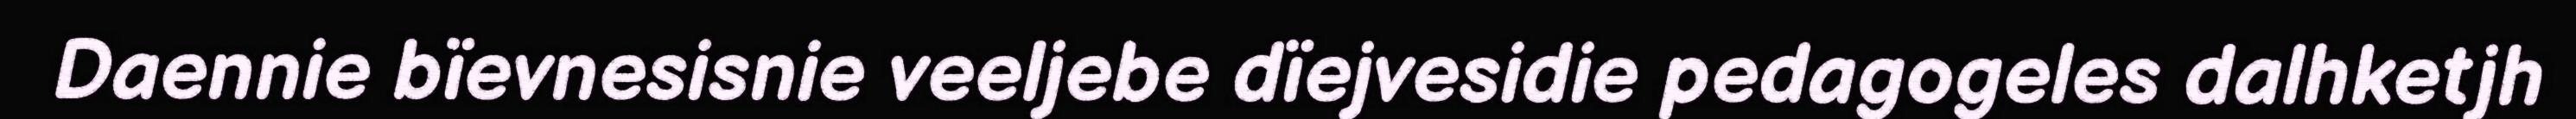
Daennie bïevnesisnie veeljebe dïejvesidie pedagogeles dalhketjh